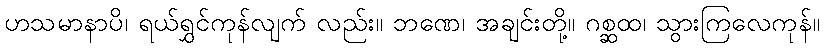
ဟသမာနာပိ၊ ရယ်ရွှင်ကုန်လျက် လည်း။ ဘဏေ၊ အချင်းတို့။ ဂစ္ဆထ၊ သွားကြလေကုန်။